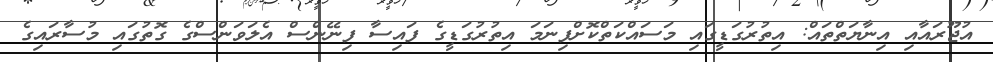
އުޖޫރައާއި އިނާޔަތްތައް: އިތުރުގަޑީގައި މަސައްކަތްކޮށްފިނަމަ އިތުރުގަޑީގެ ފައިސާ ފިނޭންސް އެލަވަންސްގެ ގޮތުގައި މުސާރައިގެ